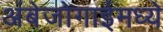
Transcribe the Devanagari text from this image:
अंबेजोगाईमध्ये